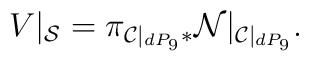
V|_{{\cal S}} =\pi_{{\cal C}|_{dP_9}*}{\cal N}|_{{\cal{C}}|_{dP_9}}.